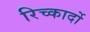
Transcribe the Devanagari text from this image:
रिच्कार्दो